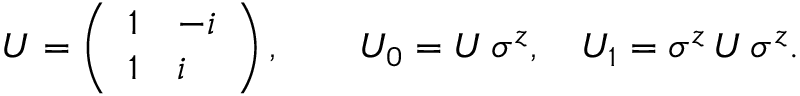
U = \left( \begin{array} { l l } { { 1 } } & { { - i } } \\ { { 1 } } & { { i } } \end{array} \right) , \qquad U _ { 0 } = U \, \sigma ^ { z } , \quad U _ { 1 } = \sigma ^ { z } \, U \, \sigma ^ { z } .